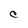
Character: C